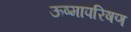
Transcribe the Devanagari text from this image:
ऊष्मापरिषण